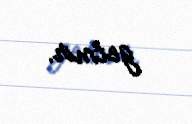
getmir.